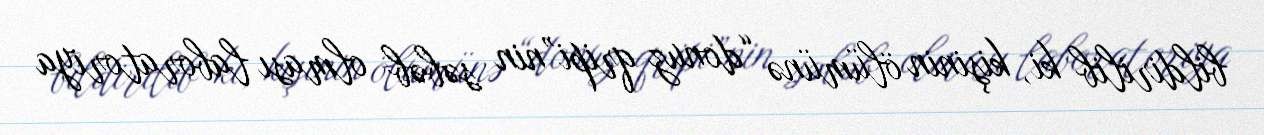
bildirilib ki, kişinin ölümünə “donuz qripi”nin səbəb olması laboratoriya